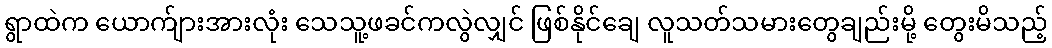
ရွာထဲက ယောက်ျားအားလုံး သေသူ့ဖခင်ကလွဲလျှင် ဖြစ်နိုင်ချေ လူသတ်သမားတွေချည်းမို့ တွေးမိသည့်